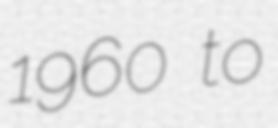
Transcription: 1960 to